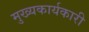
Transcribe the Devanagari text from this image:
मुख्यकार्यकारी